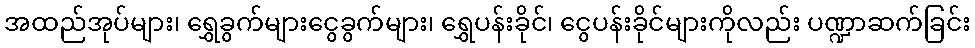
အထည်အုပ်များ၊ ရွှေခွက်များငွေခွက်များ၊ ရွှေပန်းခိုင်၊ ငွေပန်းခိုင်များကိုလည်း ပဏ္ဍာဆက်ခြင်း